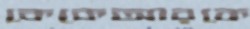
কেকেআরকে